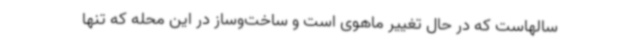
سالهاست که در حال تغییر ماهوی است و ساخت‌وساز در این محله که تنها